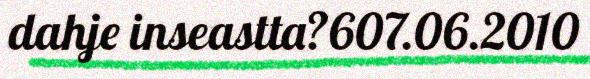
dahje inseastta?607.06.2010